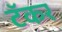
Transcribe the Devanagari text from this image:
टॅकर